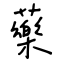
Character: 藥